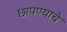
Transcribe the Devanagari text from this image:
छापण्याचे